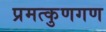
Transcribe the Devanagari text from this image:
प्रमत्कुणगण